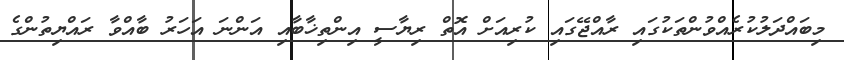
މިބައްދަލުކުރެއްވުންތަކުގައި ރާއްޖޭގައި ކުރިއަށް އޮތް ރިޔާސީ އިންތިޚާބާއި އަންނަ އަހަރު ބާއްވާ ރައްޔިތުންގެ